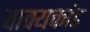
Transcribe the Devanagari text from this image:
वाक्यकांड